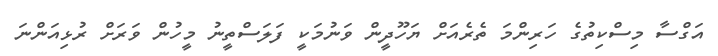
އަގްސާ މިސްކިތުގެ ހަރިންމަ ތެރެއަށް ޔަހޫދީން ވަނުމަކީ ފަލަސްތީނު މީހުން ވަރަށް ރުޅިއަންނަ